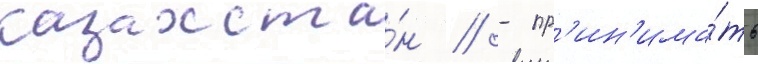
казахста́н // - пр'ин'има́ть